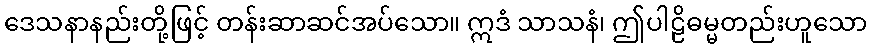
ဒေသနာနည်းတို့ဖြင့် တန်းဆာဆင်အပ်သော။ ဣဒံ သာသနံ၊ ဤပါဠိဓမ္မတည်းဟူသော